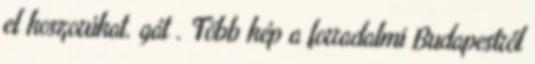
el koszorúkat. gát . Több kép a forradalmi Budapestről